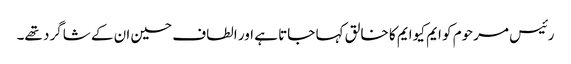
رئیس مرحوم کو ایم کیو ایم کا خالق کہا جاتا ہے اور الطاف حسین ان کے شاگرد تھے۔